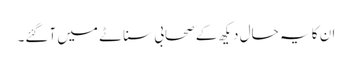
ان کا یہ حال دیکھ کے صحابی سناٹے میں آگئے۔